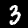
Label: 3